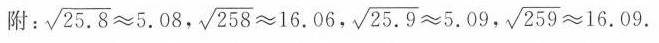
附： $$\sqrt { 2 5 . 8 } ≈ 5 . 0 8$$, $$\sqrt { 2 5 8 } ≈ 1 6 . 0 6$$, $$\sqrt { 2 5 . 9 } ≈ 5 . 0 9$$, $$\sqrt { 2 5 9 } ≈